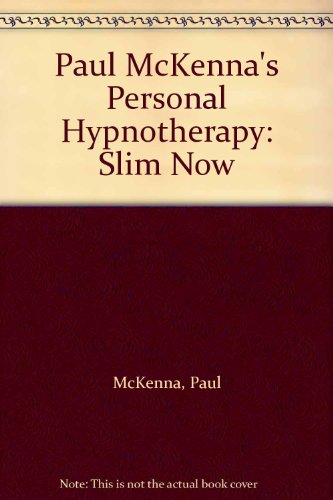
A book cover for Paul McKenna's Personal Hypnotherapy: Slim Now; Paul McKenna; Health, Fitness & Dieting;